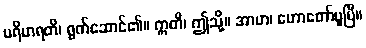
ပရိဟရတိ၊ ရွက်ဆောင်၏။ ဣတိ၊ ဤသို့။ အာဟ၊ ဟောတော်မူပြီ။